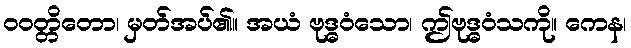
ဝဝတ္တိတော၊ မှတ်အပ်၏။ အယံ ဗုဒ္ဓဝံသော၊ ဤဗုဒ္ဓဝံသကို။ ကေန၊